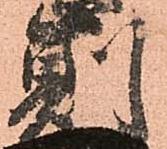
則